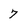
Character: 7